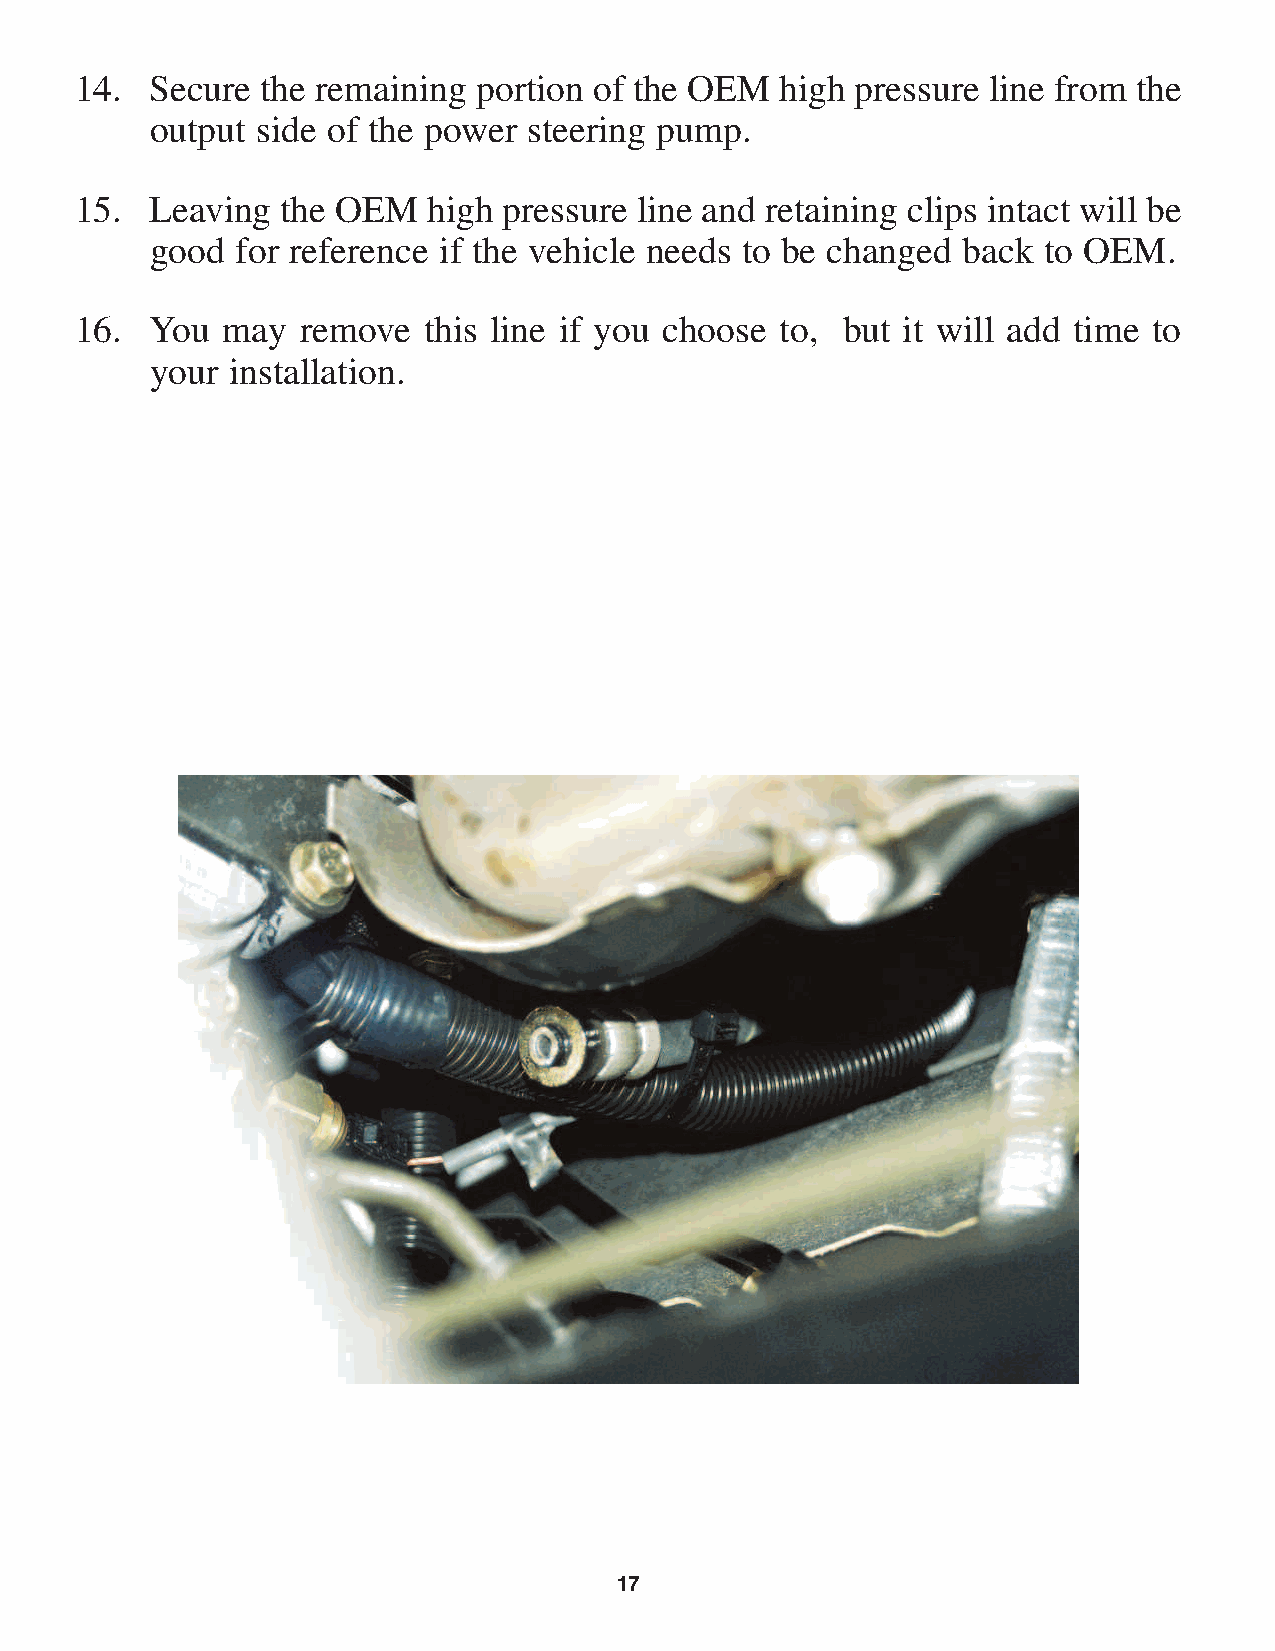
14.  Secure the remaining  portion of the OEM  high pressure line from the
 output side of the power steering pump.
 15.  Leaving  the OEM  high pressure line and retaining clips intact will be
 good  for reference if the vehicle needs to be changed back to OEM.
 16.  You  may  remove  this line if you choose to, but it will add time to
 your installation.
 17